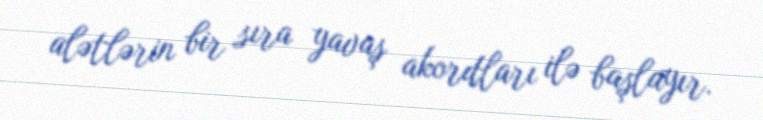
alətlərin bir sıra yavaş akordları ilə başlayır.